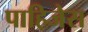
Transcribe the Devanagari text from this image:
पाहिजेस